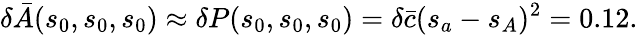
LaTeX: \delta\bar{A}(s_{0},s_{0},s_{0})\approx\delta P(s_{0},s_{0},s_{0})=\delta\bar{c}(s_{a}-s_{A})^{2}=0.12.